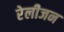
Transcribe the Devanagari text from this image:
रेलीजन